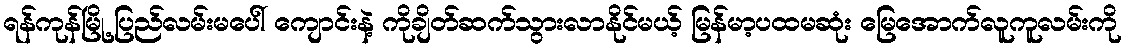
ရန်ကုန်မြို့ ပြည်လမ်းမပေါ် ကျောင်းနဲ့ ကိုချိတ်ဆက်သွားလာနိုင်မယ့် မြန်မာ့ပထမဆုံး မြေအောက်လူကူလမ်းကို